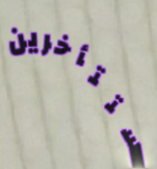
ستتأخرين